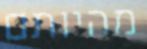
מהיותם